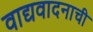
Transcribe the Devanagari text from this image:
वाद्यवादनाची